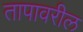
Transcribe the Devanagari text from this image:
तापावरील